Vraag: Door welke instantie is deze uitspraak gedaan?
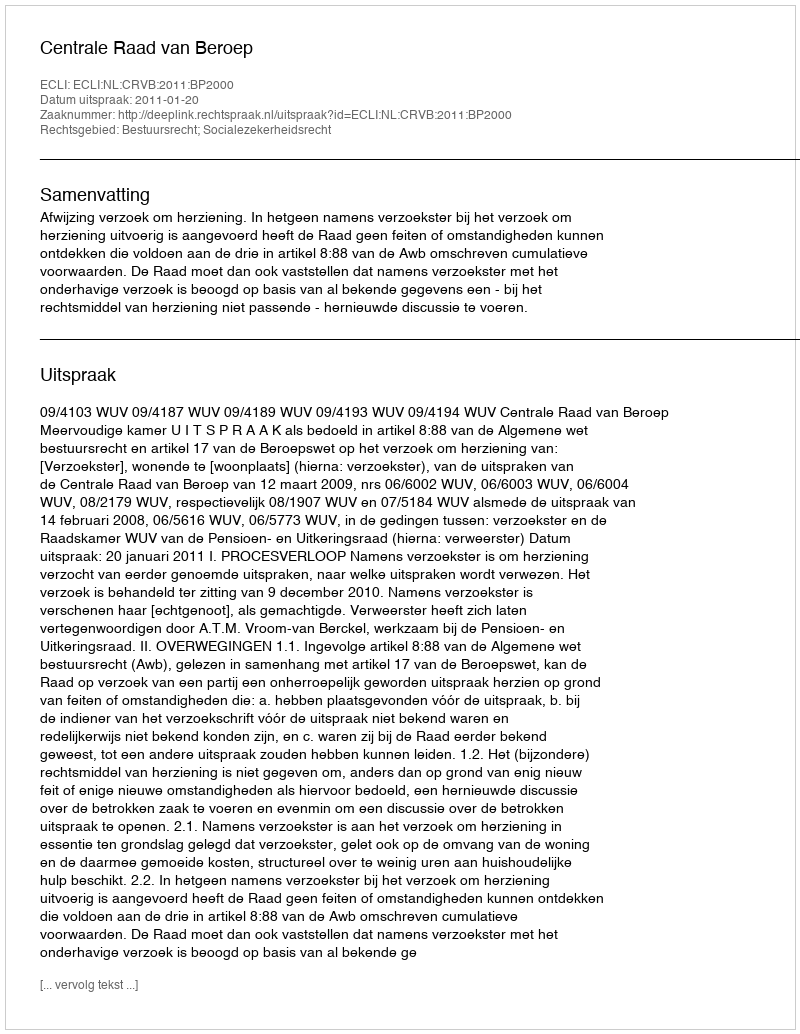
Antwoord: Centrale Raad van Beroep